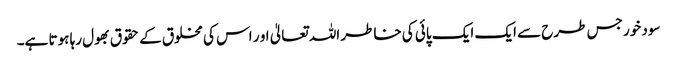
سود خور جس طرح سے ایک ایک پائی کی خاطر اللہ تعالیٰ او ر اس کی مخلوق کے حقوق بھول رہا ہوتا ہے۔